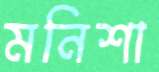
মনিশা